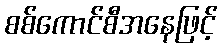
စစ်ကောင်စီအနေဖြင့်